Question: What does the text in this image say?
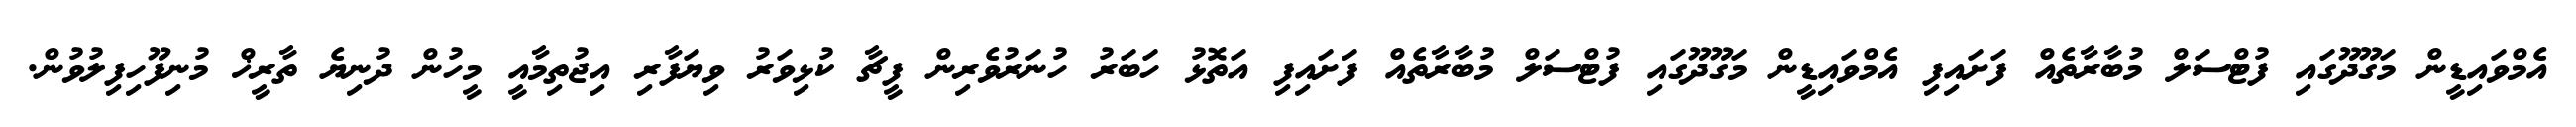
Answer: އެމްވައިޑީން މަގޫދޫގައި ފުޓްސަލް މުބާރާތެއް ފަށައިފި އެމްވައިޑީން މަގޫދޫގައި ފުޓްސަލް މުބާރާތެއް ފަށައިފި އަތޮޅު ހަބަރު ހުނަރުވެރިން ފީޗާ ކުޅިވަރު ވިޔަފާރި އިޖުތިމާއީ މީހުން ދުނިޔެ ތާރީޚް މުނިފޫހިފިލުވުން.